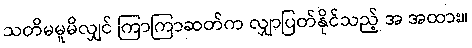
သတိမမူမိလျှင် ကြာကြာဆတ်က လျှာပြတ်နိုင်သည့် အ အထား။